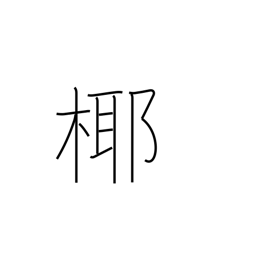
Meaning: coconut tree